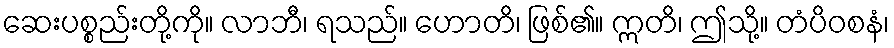
ဆေးပစ္စည်းတို့ကို။ လာဘီ၊ ရသည်။ ဟောတိ၊ ဖြစ်၏။ ဣတိ၊ ဤသို့။ တံပိဝစနံ၊